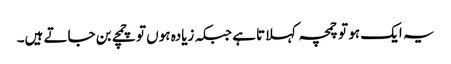
یہ ایک ہو تو چمچہ کہلاتا ہے جبکہ زیادہ ہوں تو چمچے بن جاتے ہیں۔